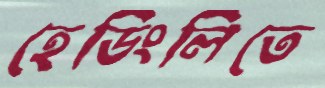
হেডিংলিতে